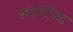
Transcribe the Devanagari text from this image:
सवयींच्या